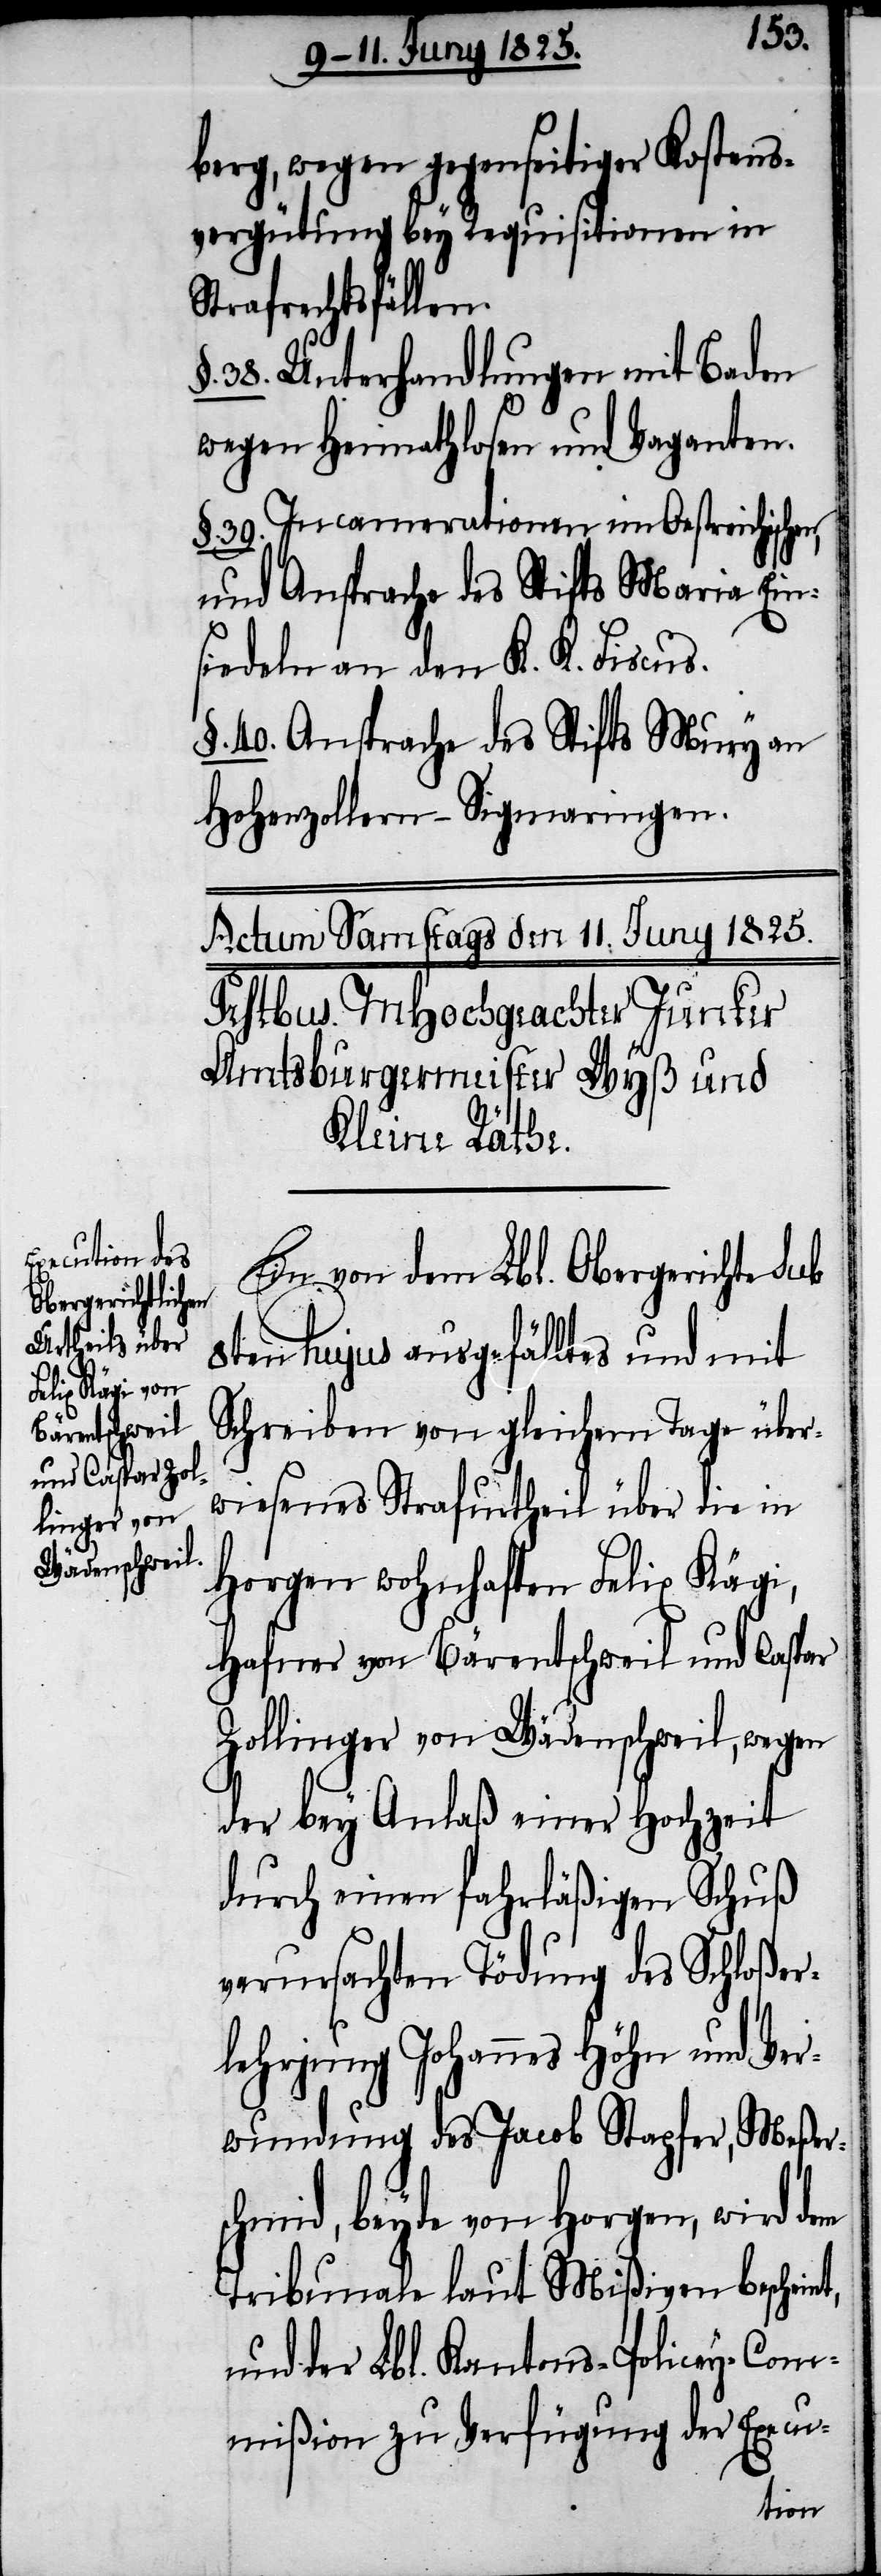
berg, wegen gegenseitiger Kostens¬
vergütung bey Requisitionen in
Strafrechtsfällen.
§. 38. Unterhandlungen mit Baden
wegen Heimathlosen und Vaganten.
§. 39. Incamerationen im Oestreichischen,
und Ansprache des Stifts Maria Ein¬
siedeln an den K. K. Fiscus.
§. 40. Ansprache des Stifts Mury an
Hohenzollern-Sigmaringen.
Ein von dem Lbl. Obergerichte sub
8ten hujus ausgefälltes und mit
Schreiben von gleichem Tage über¬
wiesenes Strafurtheil über die in
Horgen wohnhaften Felix Kägi,
Hafner von Bärentschweil und Caspar
Zollinger von Wädenschweil, wegen
der bey Anlaß einer Hochzeit
durch einen fahrläßigen Schuß
verursachten Tödung des Schloßer¬
lehrjung Johannes Höhn und Ver¬
wundung des Jacob Stapfer, Meßers¬
chmid, beyde von Horgen, wird
Tribunale laut Mißiven beschein¬
und der Lbl. Kantons-Policey-Com¬
mißion zu Verfügung der Execu-
t,